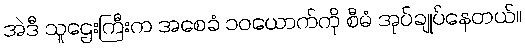
အဲဒီ သူဌေးကြီးက အစေခံ ၁၀ယောက်ကို စီမံ အုပ်ချုပ်နေတယ်။